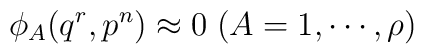
\phi_A(q^r,p^n) \approx 0 \; (A=1,\cdots,\rho)